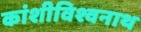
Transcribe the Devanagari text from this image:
कांशीविश्वनाथ